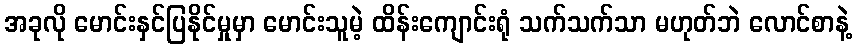
အခုလို မောင်းနှင်ပြနိုင်မှုမှာ မောင်းသူမဲ့ ထိန်းကျောင်းရုံ သက်သက်သာ မဟုတ်ဘဲ လောင်စာနဲ့